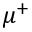
\mu ^ { + }